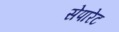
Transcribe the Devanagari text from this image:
सेपारेट